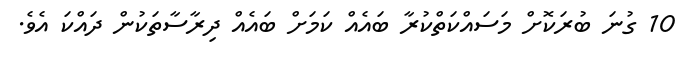
10 ގުނަ ބުރަކޮށް މަސައްކަތްކުރާ ބައެއް ކަމަށް ބައެއް ދިރާސާތަކުން ދައްކަ އެވެ.